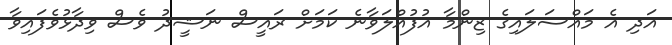
އަދި އެ މައްސަލައިގެ ޒިންމާ އުފުއްލަވާނެ ކަމަށް ރައީސް ނަޝީދު ވެސް ވިދާޅުވެފައިވާ